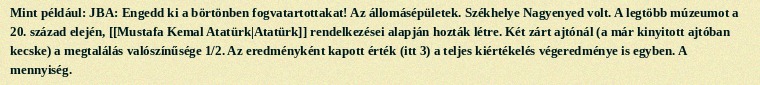
Mint például: JBA: Engedd ki a börtönben fogvatartottakat! Az állomásépületek. Székhelye Nagyenyed volt. A legtöbb múzeumot a 20. század elején, [[Mustafa Kemal Atatürk|Atatürk]] rendelkezései alapján hozták létre. Két zárt ajtónál (a már kinyitott ajtóban kecske) a megtalálás valószínűsége 1/2. Az eredményként kapott érték (itt 3) a teljes kiértékelés végeredménye is egyben. A mennyiség.